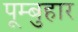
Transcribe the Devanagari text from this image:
पूम्बुहार